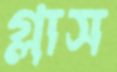
গ্লাস